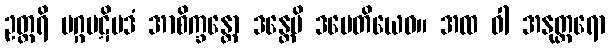
ဥတ္တရိ မဂ္ဂပဋိပဒံ အာစိက္ခန္တော ဒန္တေပိ ဒမေတိယေဝ။ အထ ဝါ အနုတ္တရော